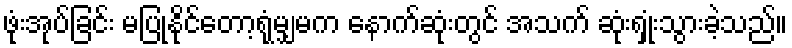
ဖုံးအုပ်ခြင်း မပြုနိုင်တော့ရုံမျှမက နောက်ဆုံးတွင် အသက် ဆုံးရှုံးသွားခဲ့သည်။